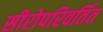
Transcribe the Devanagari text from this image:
सीरोपरिवर्तित